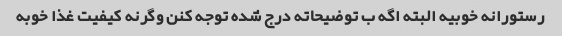
رستورانه خوبیه البته اگه ب توضیحاته درج شده توجه کنن وگرنه کیفیت غذا خوبه